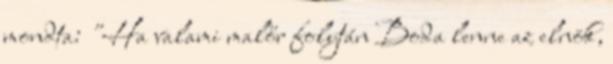
mondta: "Ha valami malőr folytán Boda lenne az elnök,